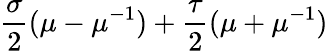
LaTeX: \frac{\sigma}{2}(\mu-\mu^{-1})+\frac{\tau}{2}(\mu+\mu^{-1})